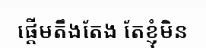
ផ្តើមតឹងតែង តែខ្ញុំមិន